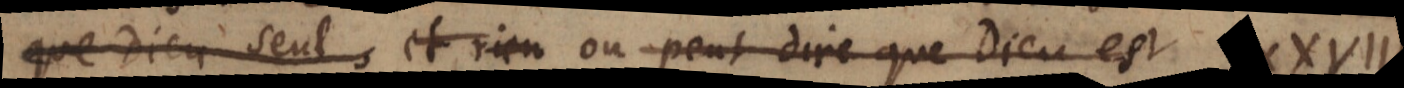
que Dieu seul, et rien on peut dire que Dieu est le